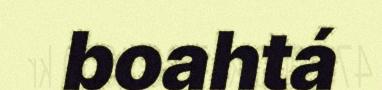
boahtá